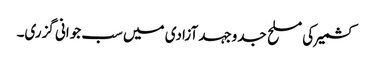
کشمیر کی مسلح جدوجہد آزادی میں سب جوانی گزری۔